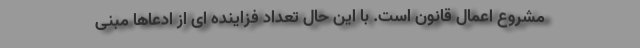
مشروع اعمال قانون است. با این حال تعداد فزاینده ای از ادعاها مبنی